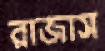
রাজাস